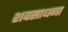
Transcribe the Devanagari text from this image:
शवसाधना